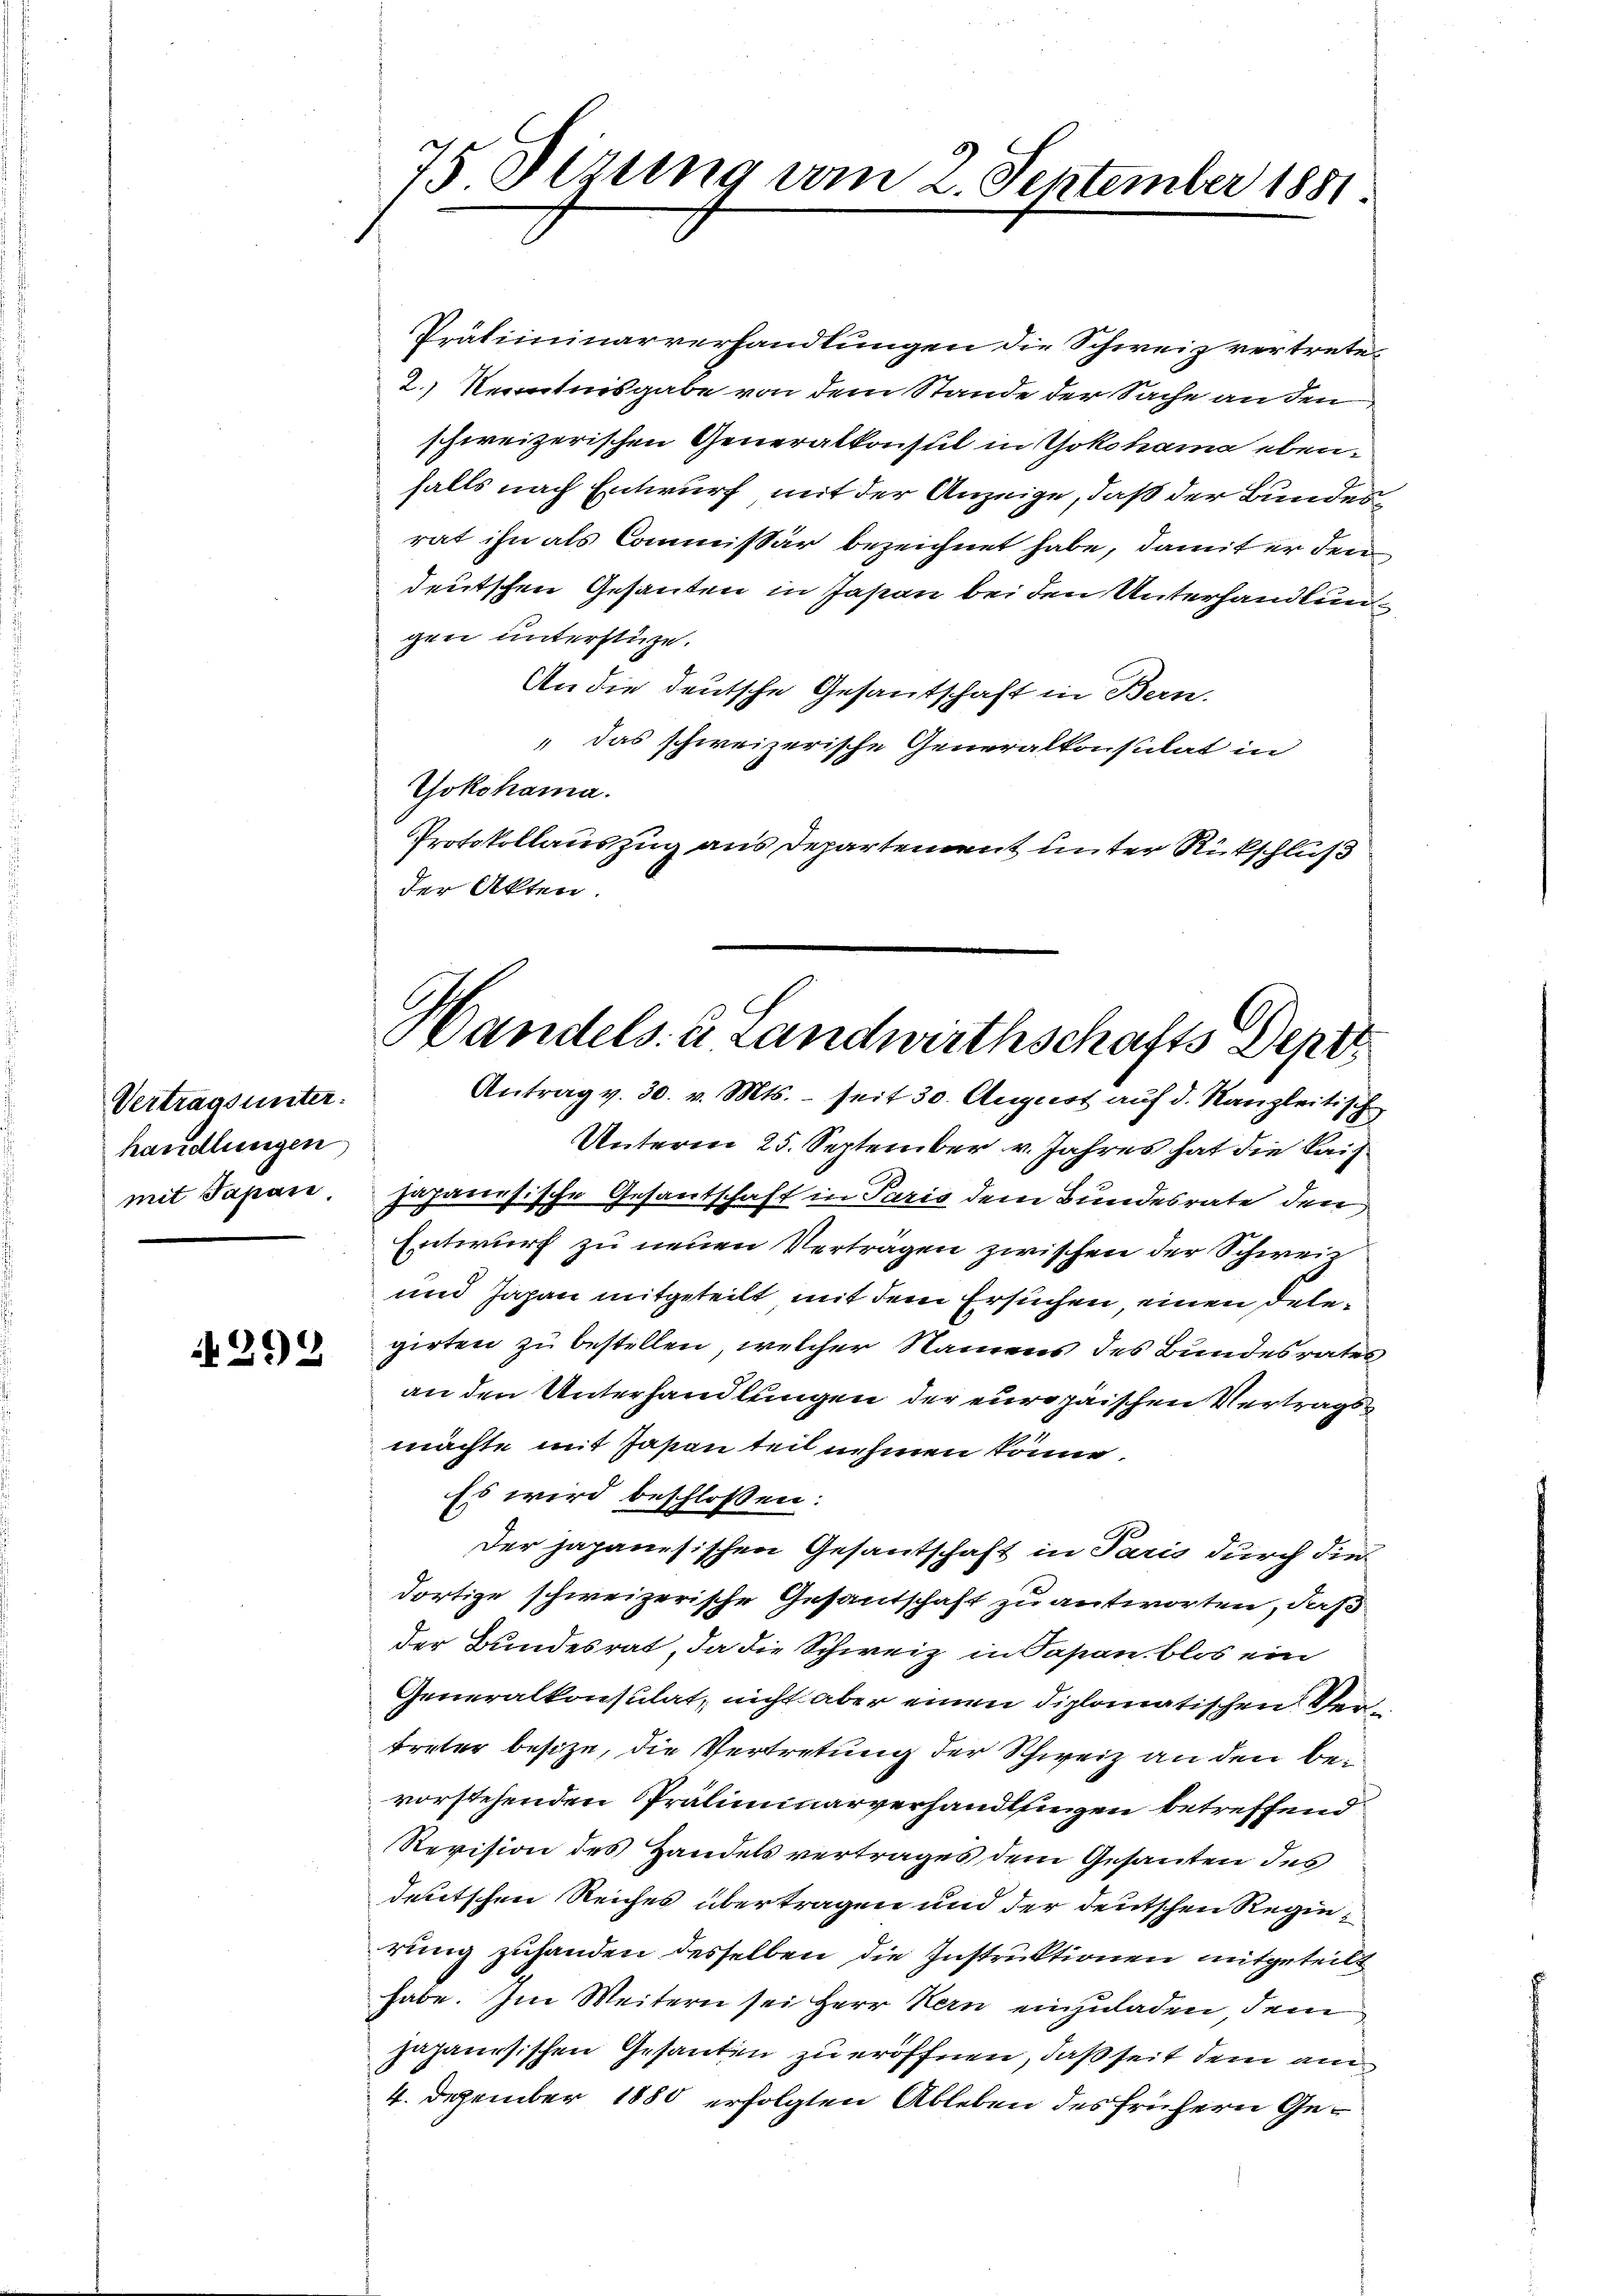
Vertragsunter.
handlungen
mit Papan

292

75. Sezung vom 2. September 1881

Präliminarverhandlungen die Schweiz vertrete¬
2.) Kenntnisgabe von dem Stande der Sache an den
schweizerischen Generalkonsul in Yokohama ebenfalls nach Entwurf mit der Anzeige, daß der Bundes
rat ihn als Commissär bezeichnet habe, damit er den
deutschen Gesanten in Jason bei den Unterhandlungen unterstüze.
An die deutsche Gesantschaft in Bern.
„ das schweizerische Generalkonsulat in
Yokohama.
Protokollauszug aus Departement unter Rückschluß
der Akten.

Handels- u Landwirthschafts Dept
Antrag v. 30. v. Mts. - seit 30. August auf d. Kanzleitisch

Unterm 25. September v. Jahres hat die Kais
zuhanesische Gesandtschaft in Paris dem Bundesrate den
Entwurf zu neuen Verträgen zwischen der Schweiz
und Japan mitgeteilt mit dem Ersuchen, einen Delegirten zu bestellen, welcher Namens des Bundesrates
an den Unterhandlungen der europaischen Vertragsmachte mit Jasan teil nehmen könne.
Es wird beschlossen:
J.
Der japanesischen Gesantschaft in Paris durch die
dortige schweizerische Gesantschaft zu antworten, daß
der Bundesrat, da die Schweiz in Papan blos ein
Generalkonsulat, nicht aber einen diplomatischen Vertreter besize, die Vertretung der Schweiz an den bevorstehenden Präliminarverhandlungen betreffend
Revision des Handelsvertrages dem Gesanten des
deutschen Reiches übertragen und der deutschen Regierung zuhanden desselben die Instruktionen mitgeteilt
habe. Im Weitern sei Herr Kern einzuladen dem
japanisischen Gesanten zu eröffnen, daß seit dem am
4. Dezember 1880 erfolgten Ableben des frühern Ge¬